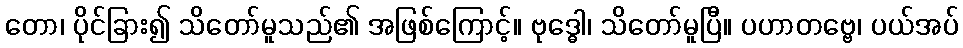
တော၊ ပိုင်ခြား၍ သိတော်မူသည်၏ အဖြစ်ကြောင့်။ ဗုဒ္ဓေါ၊ သိတော်မူပြီ။ ပဟာတဗ္ဗေ၊ ပယ်အပ်